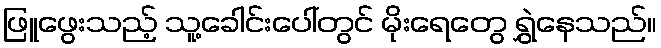
ဖြူဖွေးသည့် သူ့ခေါင်းပေါ်တွင် မိုးရေတွေ ရွှဲနေသည်။